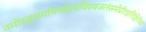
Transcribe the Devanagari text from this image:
नमोस्तुधर्मायवदेत्प्रविश्यजलंसमेप्रीतइतिक्षिपेच्च